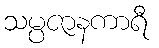
သမ္ပဇာနကာရီ